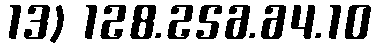
13) 128.256.64.10